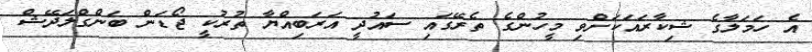
އެ ހަމަލާގެ ޝިކާރައަކަށްވި މީހުންގެ ތެރޭގައި ސައުދީ އަރަބިއްޔާ ތުރުކީ ޖޯޑަން ބަންގްލަދޭޝް